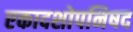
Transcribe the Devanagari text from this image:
एकादशोपनिषद